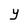
Character: Y